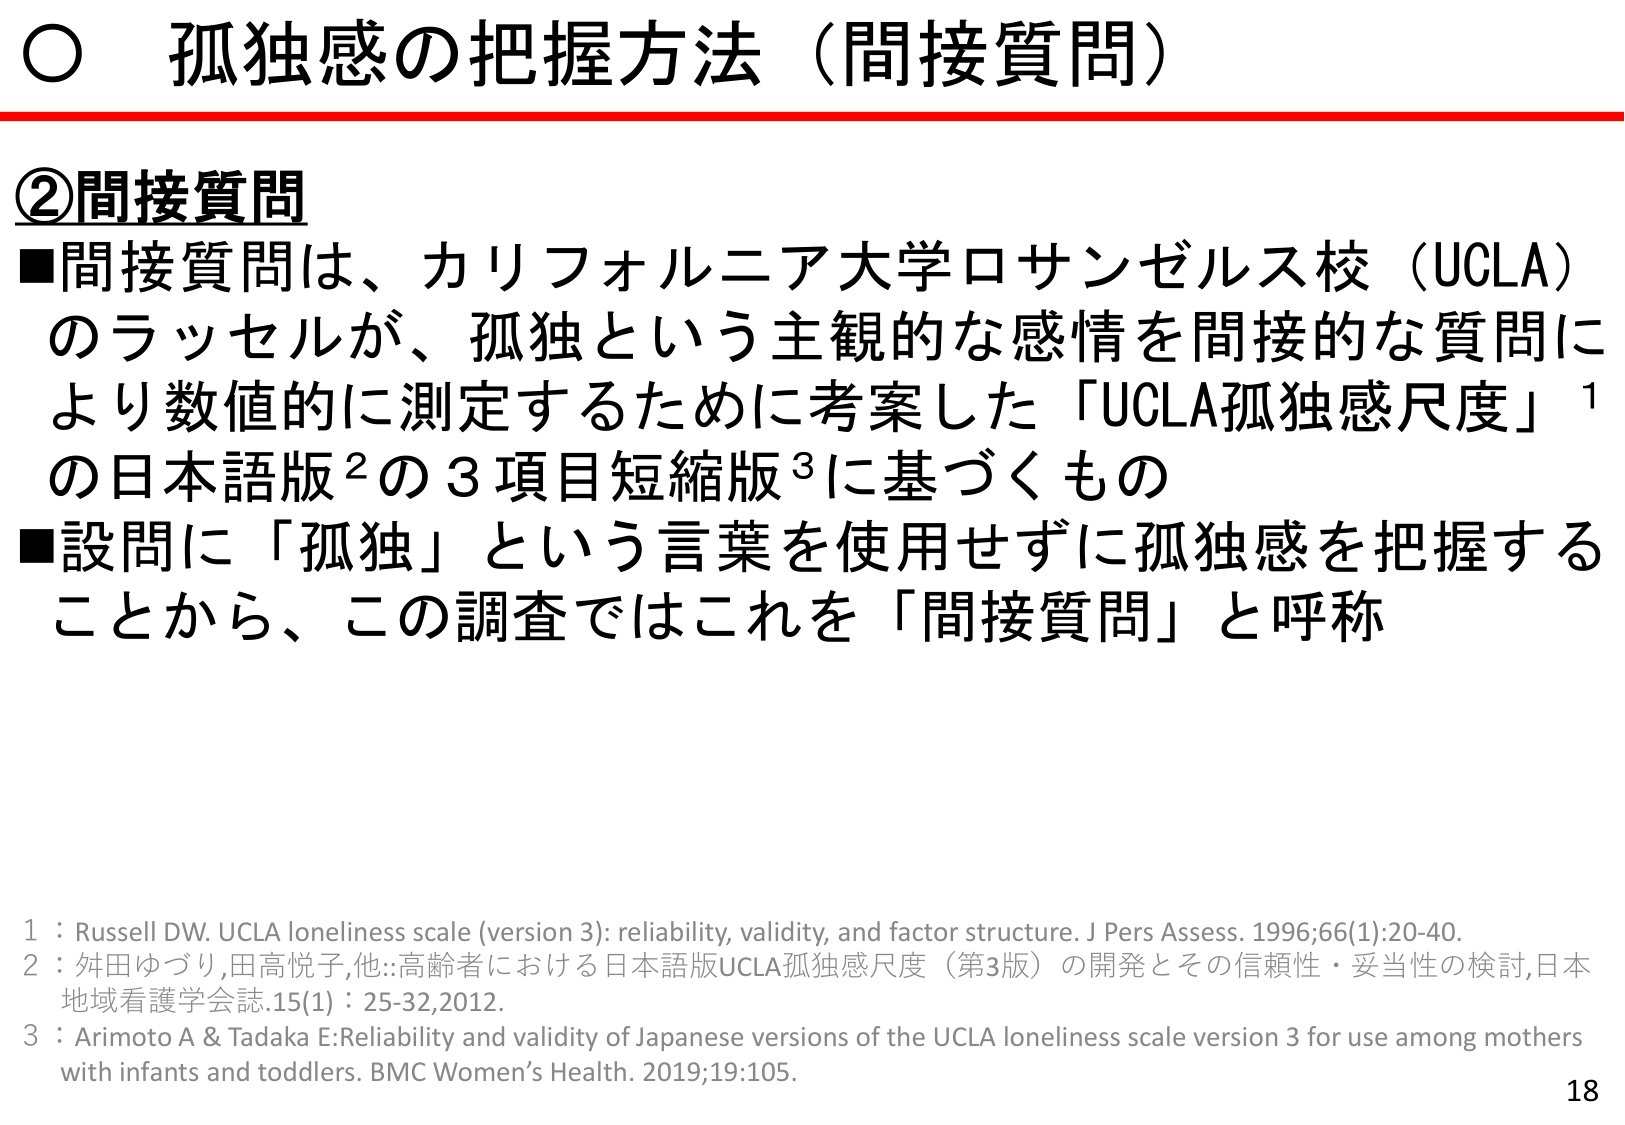
○ 孤独感の把握方法（間接質問）

②間接質問
■間接質問は、カリフォルニア大学ロサンゼルス校（UCLA）のラッセルが、孤独という主観的な感情を間接的な質問により数値的に測定するために考案した「UCLA孤独感尺度」¹の日本語版²の3項目短縮版³に基づくもの
■設問に「孤独」という言葉を使用せずに孤独感を把握することから、この調査ではこれを「間接質問」と呼称

1：Russell DW. UCLA loneliness scale (version 3): reliability, validity, and factor structure. J Pers Assess. 1996;66(1):20-40.
2：舛田ゆづり,田高悦子,他::高齢者における日本語版UCLA孤独感尺度（第3版）の開発とその信頼性・妥当性の検討,日本地域看護学会誌.15(1)：25-32,2012.
3：Arimoto A & Tadaka E:Reliability and validity of Japanese versions of the UCLA loneliness scale version 3 for use among mothers with infants and toddlers. BMC Women’s Health. 2019;19:105.

18